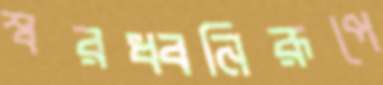
স্বরধ্বনিরূপে